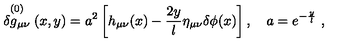
\stackrel { ( 0 ) } { \delta g _ { \mu \nu } } ( x , y ) = a ^ { 2 } \left[ h _ { \mu \nu } ( x ) - \frac { 2 y } { l } \eta _ { \mu \nu } \delta \phi ( x ) \right] , \quad a = e ^ { - \frac { y } { l } } \ ,